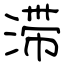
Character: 滞